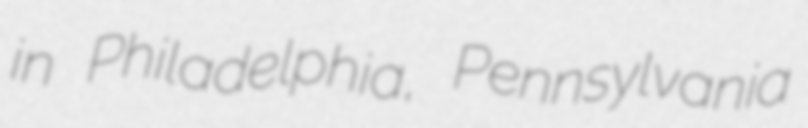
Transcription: in Philadelphia, Pennsylvania